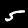
Digit: 5